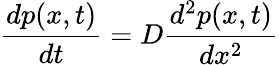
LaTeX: {\frac{dp(x,t)}{dt}}=D{\frac{d^{2}p(x,t)}{dx^{2}}}